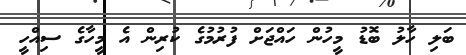
ބަލި ހާލު ބޮޑު މީހުން ހައްޖަށް ފުރުމުގެ ކުރިން އެ މީހާގެ ސިއްހީ